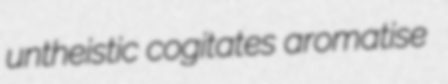
untheistic cogitates aromatise